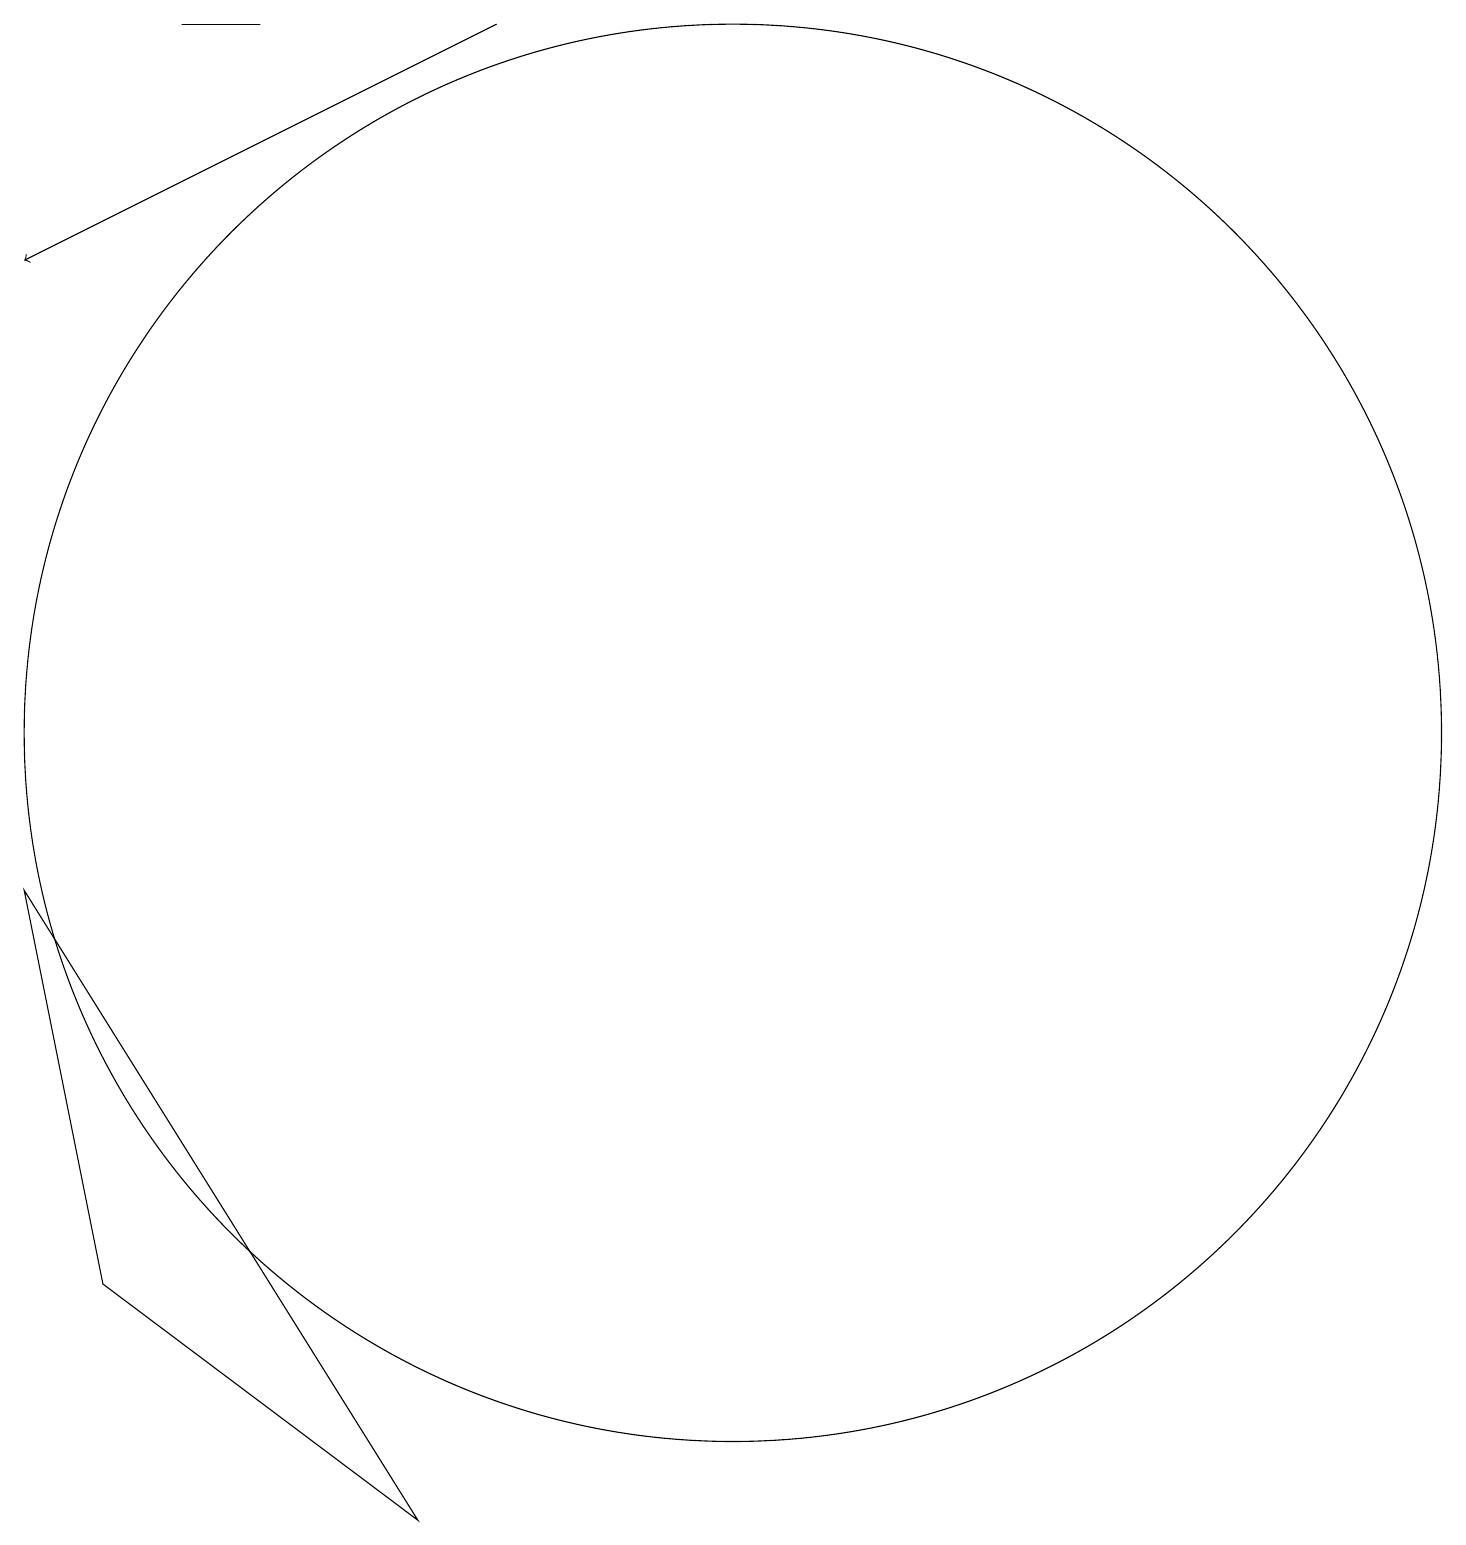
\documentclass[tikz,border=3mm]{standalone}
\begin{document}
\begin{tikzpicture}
\draw (1,8) -- (6,0) -- (2,3) -- cycle;
\draw (4,19) rectangle (3,19);
\draw[->] (7,19) -- (1,16);
\draw (10,10) circle (9);
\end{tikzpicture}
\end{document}